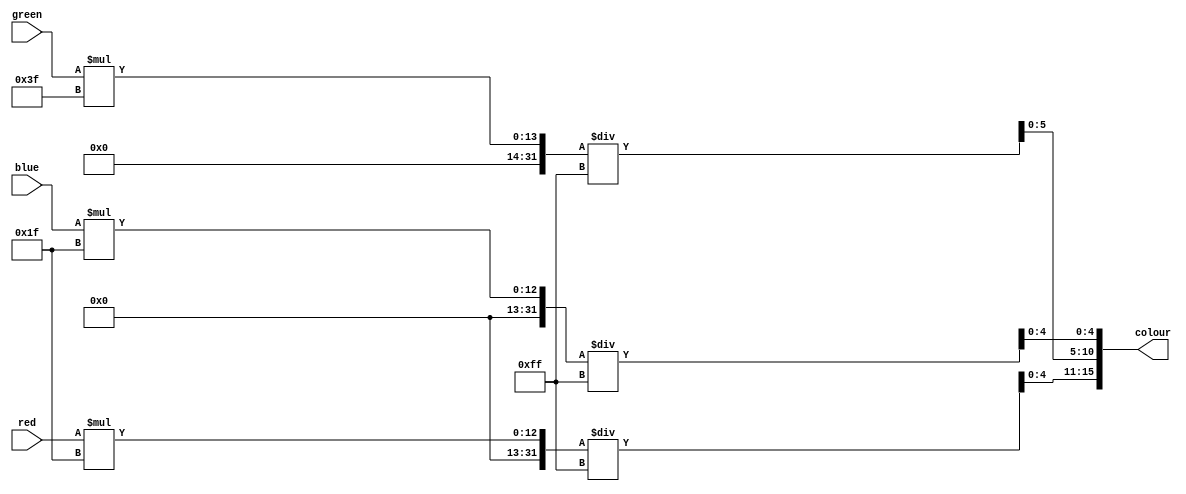
`timescale 1ns / 1ps
//////////////////////////////////////////////////////////////////////////////////
// Company: 
// Engineer: 
// 
// Design Name: 
// Module Name: hex_to_16bit
// Project Name: 
// Target Devices: 
// Tool Versions: 
// Description: 
// 
// Dependencies: 
// 
// Revision:
// Revision 0.01 - File Created
// Additional Comments:
// 
//////////////////////////////////////////////////////////////////////////////////


module hex_to_16bit(input [7:0] red, input [7:0] green, input [7:0] blue, output [15:0] colour);
    assign colour [4:0] = (blue*31)/255; //(red*31)/255;
    assign colour [10:5] = (green*63)/255;
    assign colour [15:11] = (red*31)/255; //(blue*31)/255;
endmodule